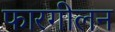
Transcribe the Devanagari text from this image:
फारगीलन